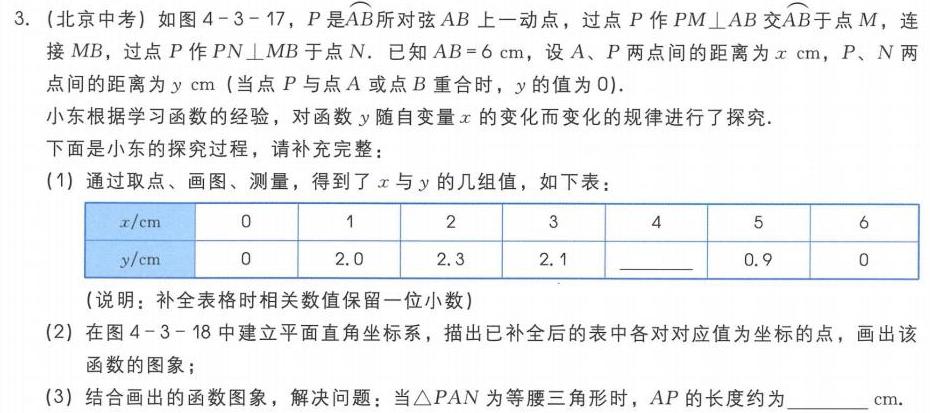
3. (北京中考) 如图4 - 3 - 17，\(P\)是\(\overset{\frown}{AB}\)所对弦\(AB\)上一动点，过点\(P\)作\(PM\perp AB\)交\(\overset{\frown}{AB}\)于点\(M\)，连
接\(MB\)，过点\(P\)作\(PN\perp MB\)于点\(N\). 已知\(AB = 6\mathrm{cm}\)，设\(A、P\)两点间的距离为\(x\mathrm{cm}\)，\(P、N\)两
点间的距离为\(y\mathrm{cm}\) (当点\(P\)与点\(A\)或点\(B\)重合时，\(y\)的值为\(0\)).
小东根据学习函数的经验，对函数\(y\)随自变量\(x\)的变化而变化的规律进行了探究.
下面是小东的探究过程，请补充完整：
(1) 通过取点、画图、测量，得到了\(x\)与\(y\)的几组值，如下表：
| \(x/\mathrm{cm}\) | \(0\) | \(1\) | \(2\) | \(3\) | \(4\) | \(5\) | \(6\) |
| ---- | ---- | ---- | ---- | ---- | ---- | ---- | ---- |
| \(y/\mathrm{cm}\) | \(0\) | \(2.0\) | \(2.3\) | \(2.1\) | \(\underline{\quad\quad}\) | \(0.9\) | \(0\) |
(说明：补全表格时相关数值保留一位小数)
(2) 在图4 - 3 - 18中建立平面直角坐标系，描出已补全后的表中各对对应值为坐标的点，画出该
函数的图象；
(3) 结合画出的函数图象，解决问题：当\(\triangle PAN\)为等腰三角形时，\(AP\)的长度约为\(\underline{\quad\quad}\mathrm{cm}\).